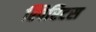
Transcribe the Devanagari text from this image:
स्पिरिटस